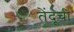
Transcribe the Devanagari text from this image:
तेंदूची